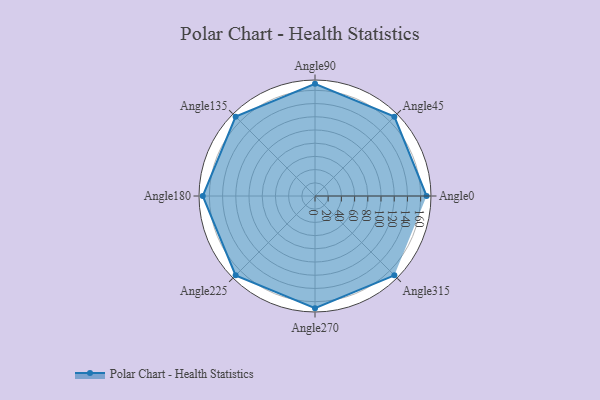
{"axis": {"x": "Angle", "y": "Radius"}, "legend": [""], "data": [{"x": "Angle0", "y": 169.0, "type": ""}, {"x": "Angle45", "y": 170, "type": ""}, {"x": "Angle90", "y": 170, "type": ""}, {"x": "Angle135", "y": 170, "type": ""}, {"x": "Angle180", "y": 170, "type": ""}, {"x": "Angle225", "y": 170, "type": ""}, {"x": "Angle270", "y": 170, "type": ""}, {"x": "Angle315", "y": 170, "type": ""}]}